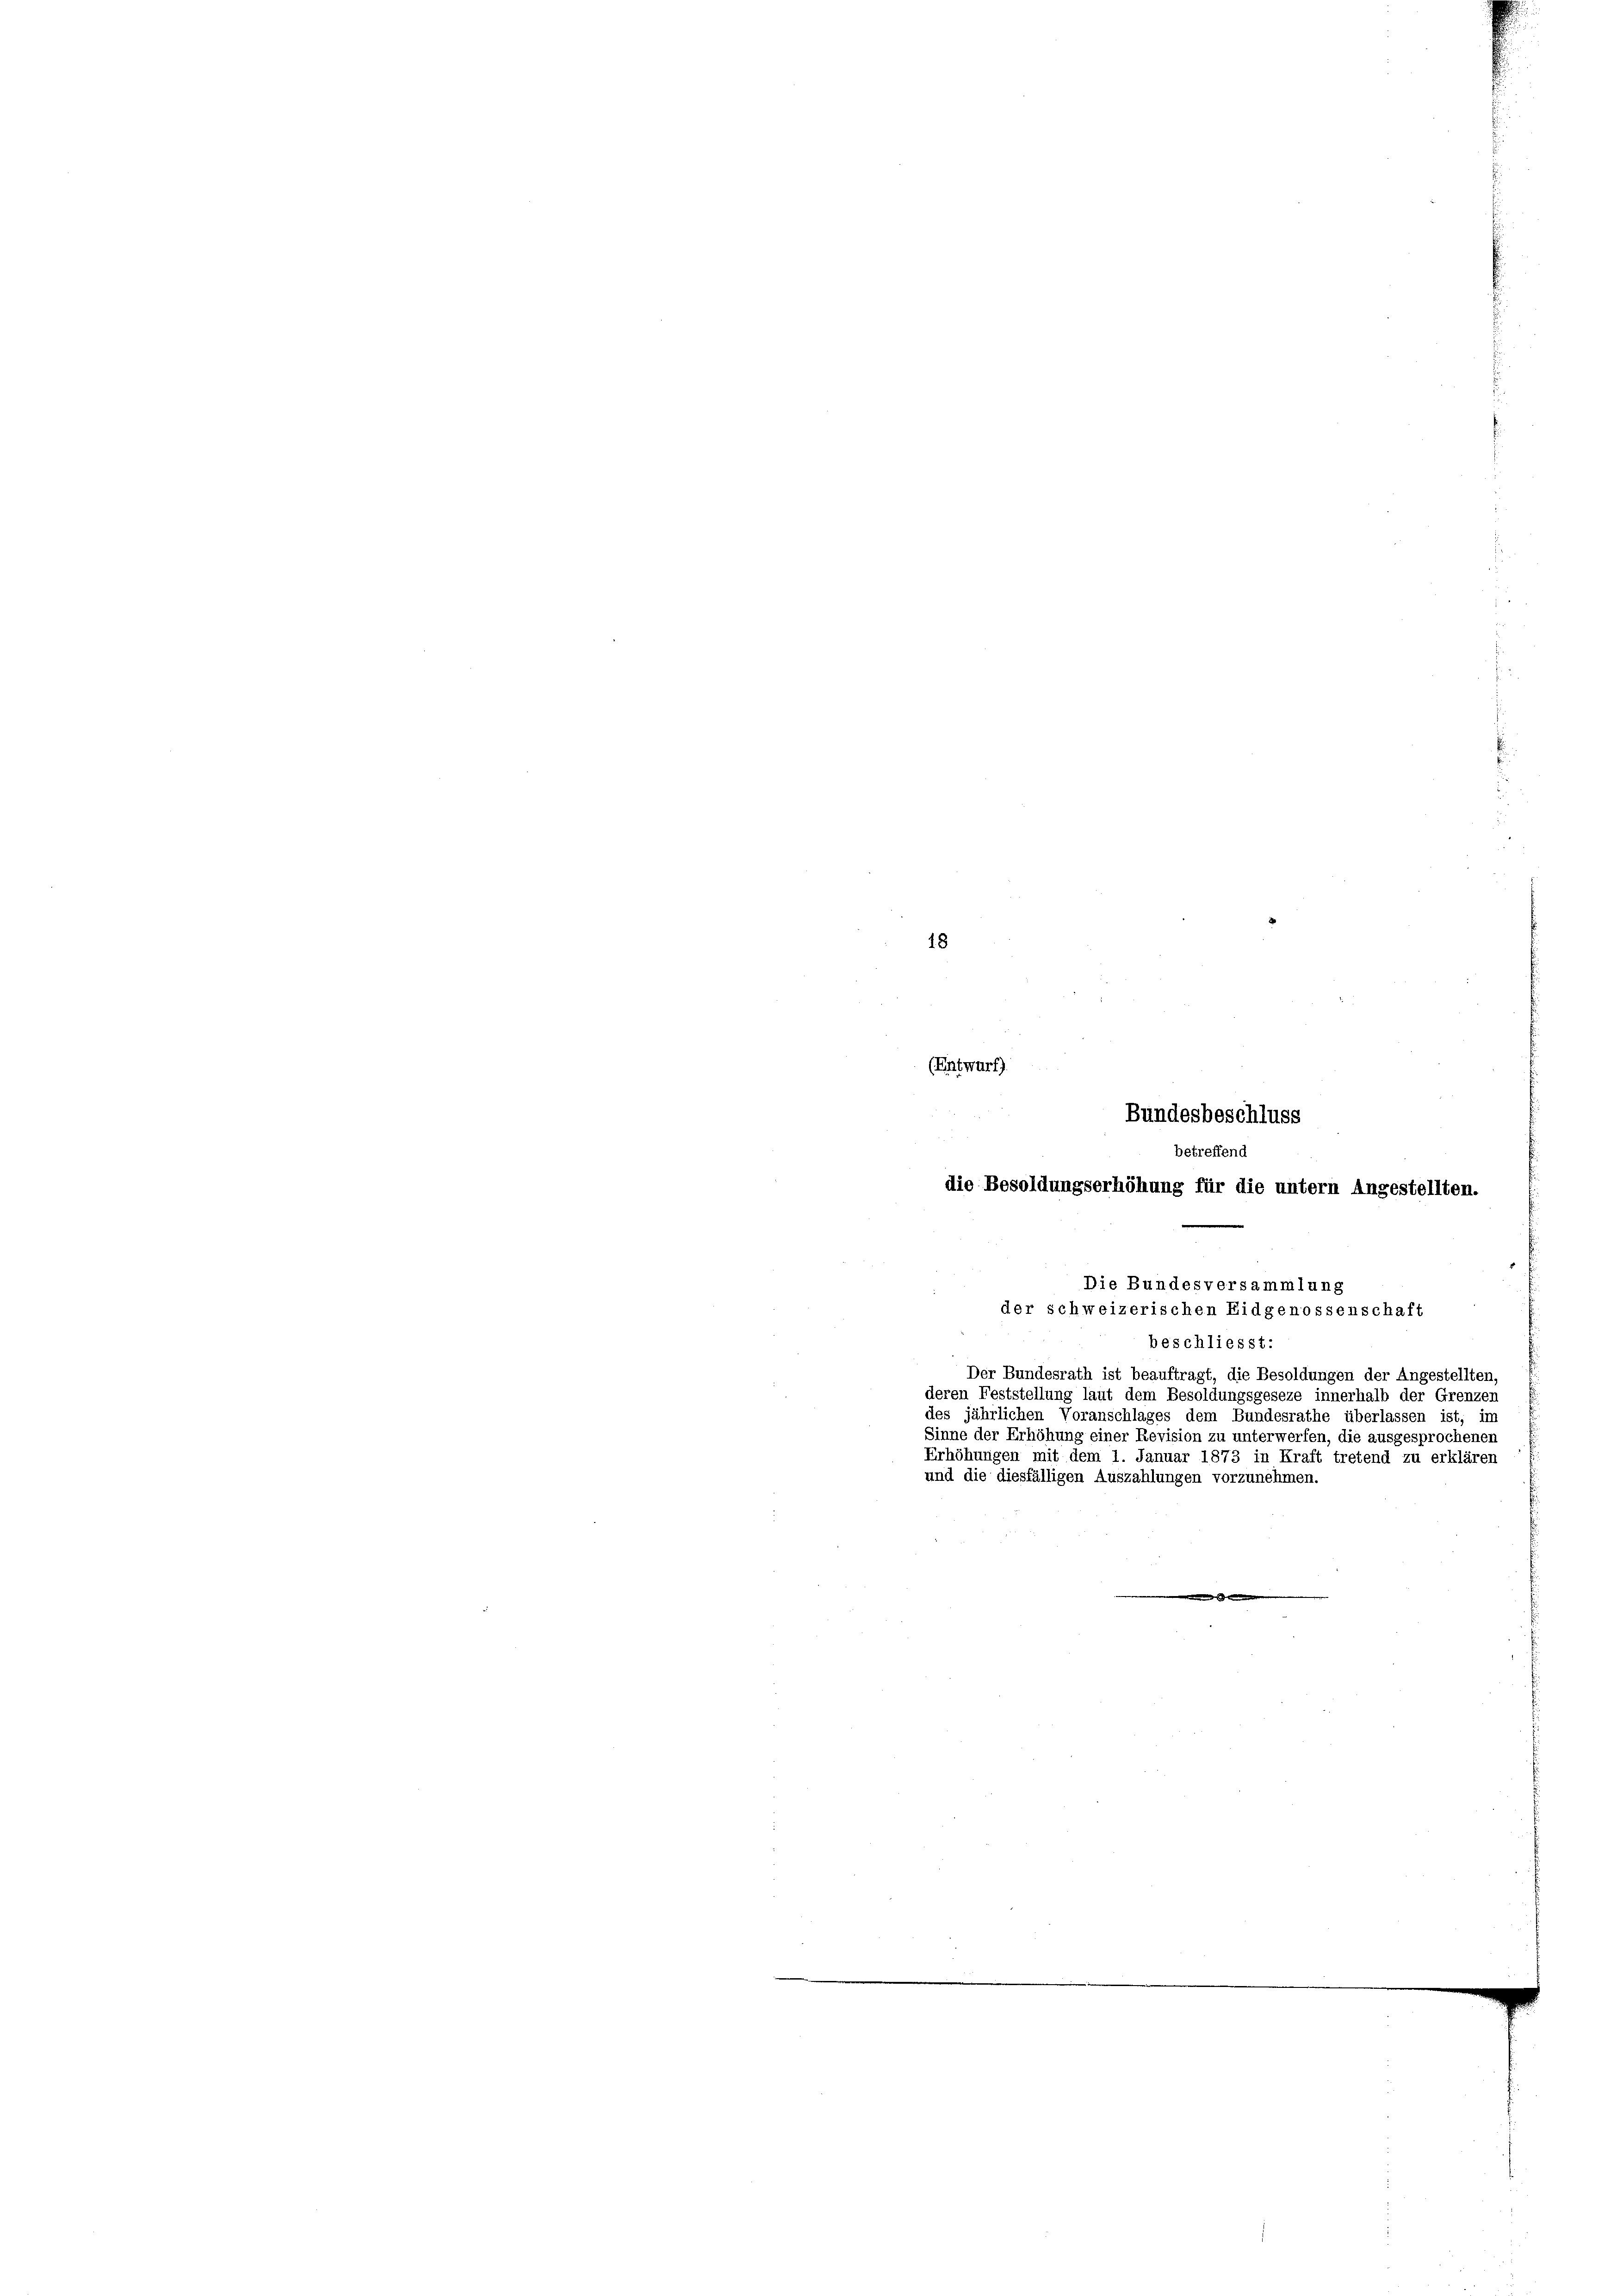
18

(Entwurf)
beschliesst:
Der Bundesrath ist beauftragt, die Besoldungen der Angestellten,
deren Feststellung laut dem Besoldungsgeseze innerhalb der Grenzen
des jährlichen Voranschlages dem Bundesrathe überlassen ist, im
Sinne der Erhöhung einer Revision zu unterwerfen, die ausgesprochenen
Erhöhungen mit dem 1. Januar 1873 in Kraft tretend zu erklären
und die diesfälligen Auszahlungen vorzunehmen.

e

Bundesbeschluss
betreffend
die Besoldungserhöhung für die untern Angestellten.
e
Die Bundesversammlung
der schweizerischen Eidgenossenschaft